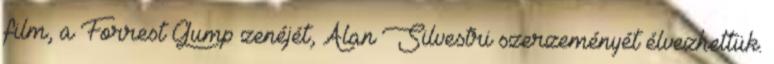
film, a Forrest Gump zenéjét, Alan Silvestri szerzeményét élvezhettük.